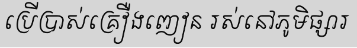
ប្រើប្រាស់គ្រឿងញៀន រស់នៅភូមិផ្សារ